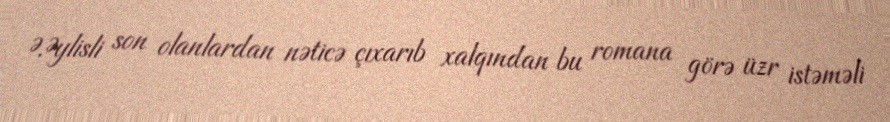
Ə.Əylisli son olanlardan nəticə çıxarıb xalqından bu romana görə üzr istəməli